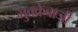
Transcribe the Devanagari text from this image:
मुक्‍केबाजी